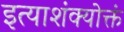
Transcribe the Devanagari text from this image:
इत्याशंक्योक्तं